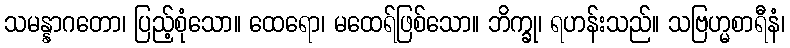
သမန္နာဂတော၊ ပြည့်စုံသော။ ထေရော၊ မထေရ်ဖြစ်သော။ ဘိက္ခု၊ ရဟန်းသည်။ သဗြဟ္မစာရီနံ၊